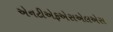
એનટીએફએસએલએસ